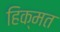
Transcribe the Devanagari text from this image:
हिक्मत